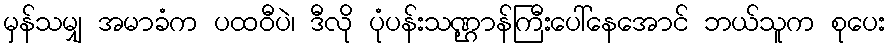
မှန်သမျှ အမာခံက ပထဝီပဲ၊ ဒီလို ပုံပန်းသဏ္ဌာန်ကြီးပေါ်နေအောင် ဘယ်သူက စုပေး